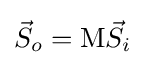
{\vec {S}}_{o}=\mathrm {M} {\vec {S}}_{i}\